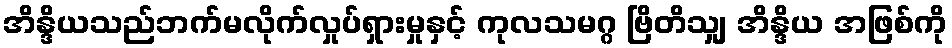
အိန္ဒိယသည်ဘက်မလိုက်လှုပ်ရှားမှုနှင့် ကုလသမဂ္ဂ ဗြိတိသျှ အိန္ဒိယ အဖြစ်ကို